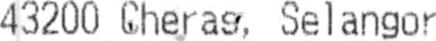
43200 CHERAS, SELANGOR